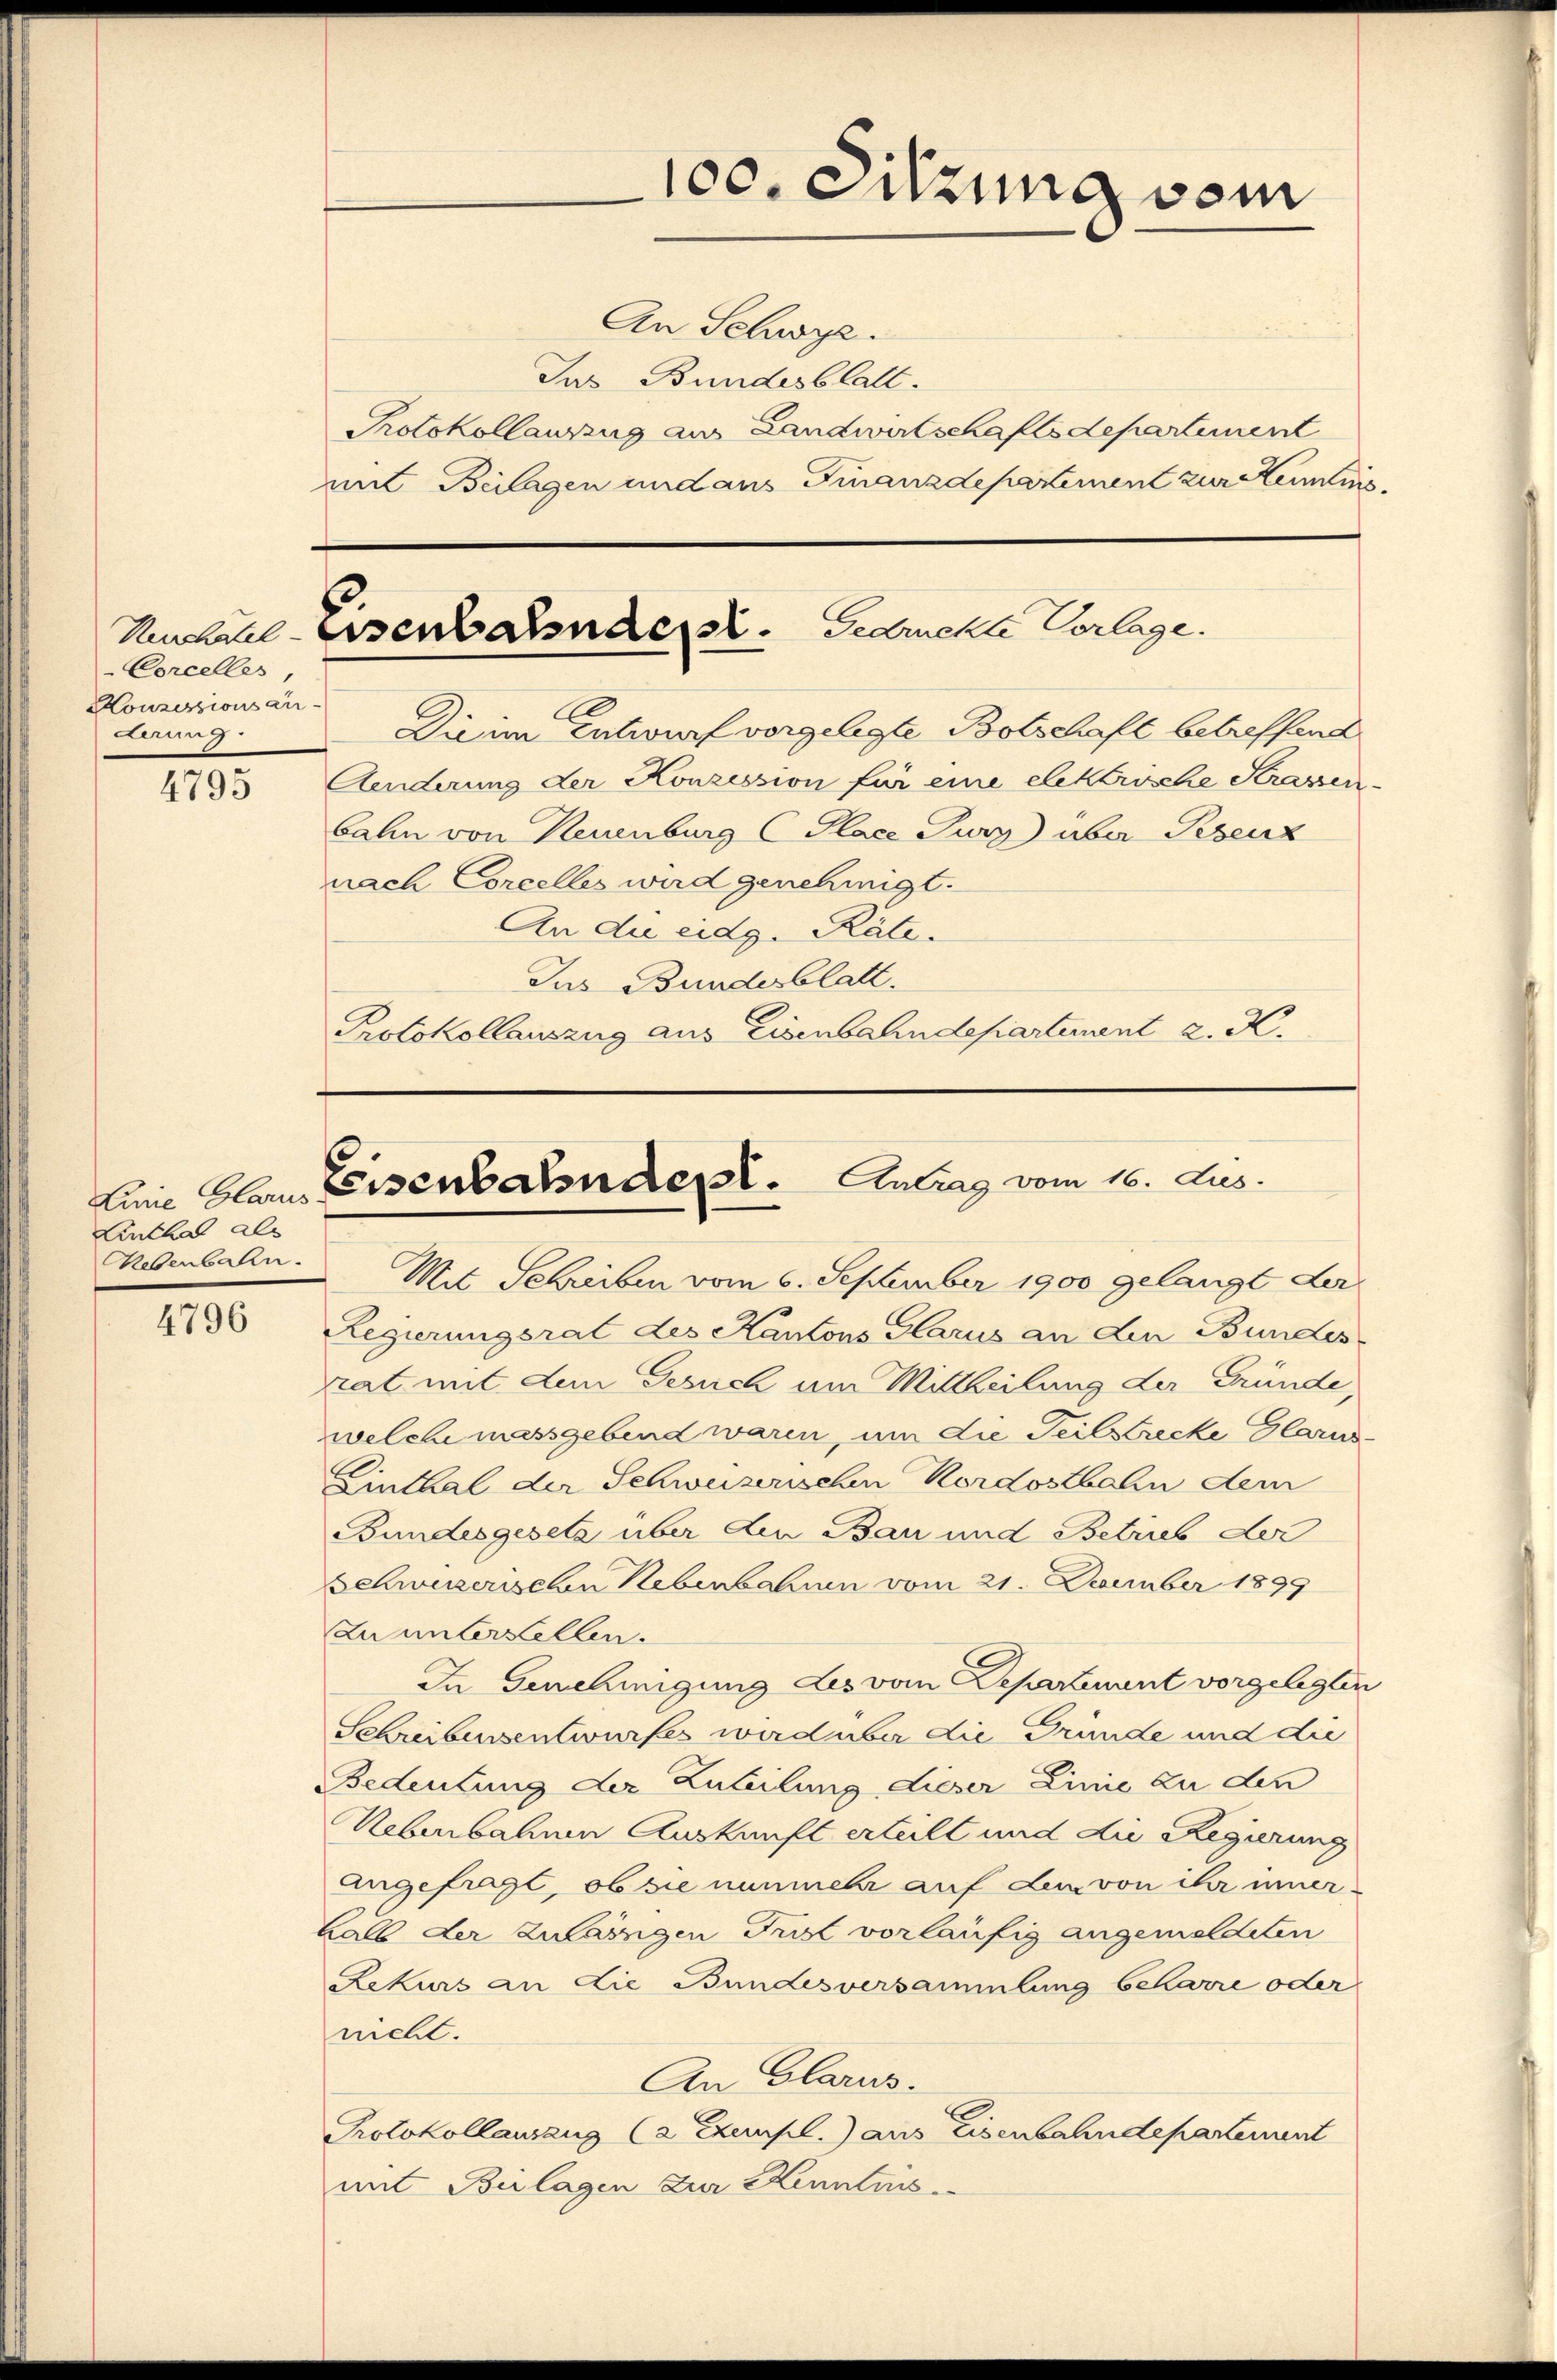
Corcelles,
Konzessionsanderung

4795

Linie Glarus
Linthal als
Gebenbahn.

4796

Die im entwurf vorgelegte Botschaft betreffend
Aenderung der Konzession für eine elektrische Krassen-
bahn von Neuenburg (Place Jury über Petenz
nach Concelles wird genehmigt.
An die eidg. Räte.
Jus Bundesblatt.
Protokollauszug aus Eisenbahndepartement 2. K.

100. Sitzung vom

An Schwyz.
Jas Bundesblatt.
Protokollauszug aus Landwirtschaftsdepartement
mit Beilagen und aus Finanzdepartement zur Kenntnis

Mechall-Eisenbahnders. Gedruckte Vorlage.

Eeisenbahndert. Antrag vom 16. Jus
Mit Schreiben vom 6. September 1900 gelangt der

Regierungsrat des Kantons Glarus an den Bundes
rat mit dem Gesuch um Mittheilung der Gründe,
welche massgebend waren, um die Teilrecke Glarus-
Einthal der Schweizerischen Rordostbahn dem
Bundesgesetz über den Bau und Betrieb der
Schweizerischen Lebenbahren vom 21. Dezember 1899
Zu unterstellen.
In Genehmigung des vom Separtenant vorgelegten
Schreibensentwurfes wird aber die Gründe und die
Bedeutung der Zuteilung, Lieser Linie zu den
Nebenbahnen Auskunft erteilt und die Regierung
angefragt, ob sie nunmehr auf dem von ihr inner-
halb der zulässigen Prust vorläufig angemeldeten
Rekurs an die Bundesversammlung beharre oder
nicht.
An Glarus.
Protokollauszug (2 Exempl. aus Eisenbahndepartement
mit Bulagen zur Kenntnis